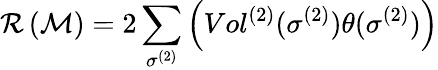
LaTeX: \mathcal{R}\left(\mathcal{{M}}\right)=2\sum_{\sigma^{(2)}}\left(Vol^{(2)}(\sigma^{(2)})\theta(\sigma^{(2)})\right)